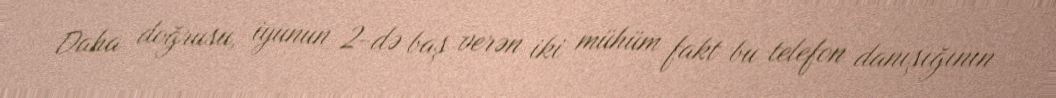
Daha doğrusu, iyunun 2-də baş verən iki mühüm fakt bu telefon danışığının